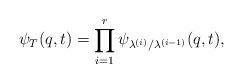
LaTeX: \begin{align*}\psi_{T}(q,t) = \prod_{i=1}^r \psi_{\lambda^{(i)}/\lambda^{(i-1)}}(q,t),\end{align*}